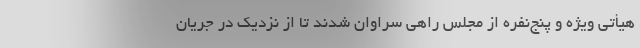
هیأتی ویژه و پنج‌نفره از مجلس راهی سراوان شدند تا از نزدیک در جریان